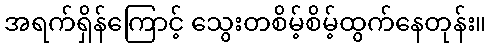
အရက်ရှိန်ကြောင့် သွေးတစိမ့်စိမ့်ထွက်နေတုန်း။